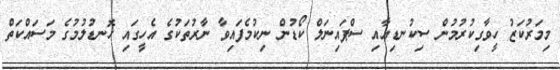
މިމަރުކަޒު ހީވާގިކުރުމުން ސިކުނޑިއާއި ސްޕައިނަލް ކޯޑުން ނިކުމެފައިވާ ނާރުތަކުގެ އެހީގައި ހޮނޑުލުމުގެ މަސައްކަތް